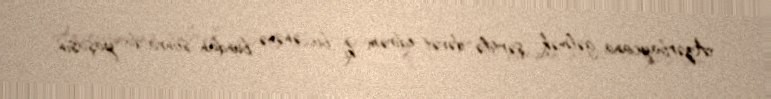
Azərbaycana gəlmək şərtilə dəvət edirəm ki, bu ənənə bundan sonra da yaşasın.